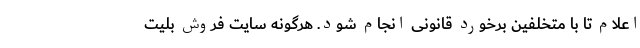
اعلام تا با متخلفین برخورد قانونی انجام شود. هرگونه سایت فروش بلیت